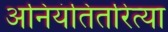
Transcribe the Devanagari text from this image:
अनियंतितरित्या